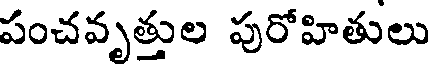
పంచవృత్తుల పురోహితులు